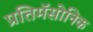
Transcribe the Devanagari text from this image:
प्रतिमॅसोनिक